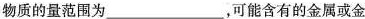
物质的量范围为___，可能含有的金属或金